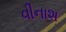
વીનાશ